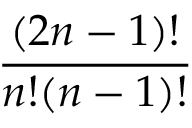
\frac { ( 2 n - 1 ) ! } { n ! ( n - 1 ) ! }